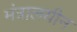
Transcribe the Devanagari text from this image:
मंत्रालयीन